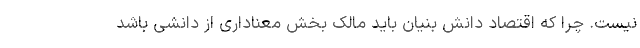
نیست. چرا که اقتصاد دانش­ بنیان باید مالک بخش معناداری از دانشی باشد